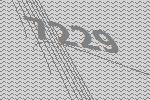
7229